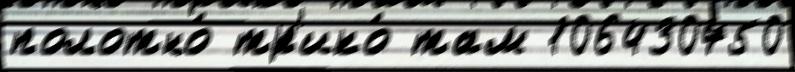
полотно́ тр'ико́ там 106430750